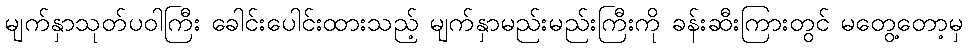
မျက်နှာသုတ်ပဝါကြီး ခေါင်းပေါင်းထားသည့် မျက်နှာမည်းမည်းကြီးကို ခန်းဆီးကြားတွင် မတွေ့တော့မှ